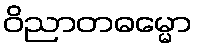
ဝိညာတဓမ္မော